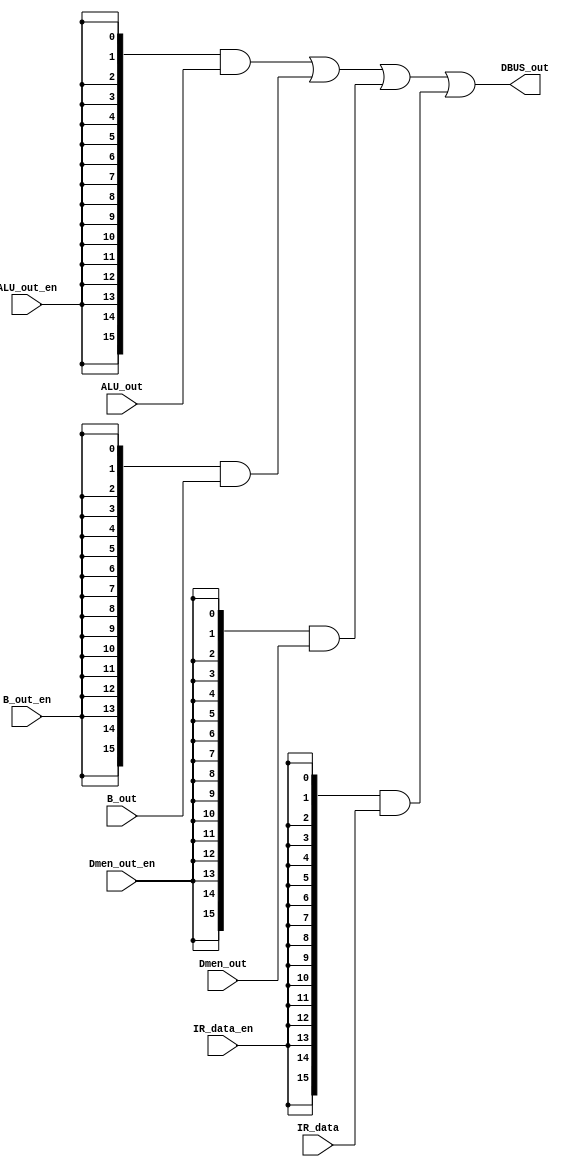
module dbus(

input[15:0] ALU_out,   
input[15:0] B_out,
input[15:0] Dmen_out,
input[15:0] IR_data,
input ALU_out_en,
input B_out_en,
input Dmen_out_en,
input IR_data_en,
output[15:0] DBUS_out
  );

assign DBUS_out = ({16{ALU_out_en}} & ALU_out)
               |({16{B_out_en}} & B_out)
               |({16{Dmen_out_en}} & Dmen_out)
               |({16{IR_data_en}} & IR_data);

endmodule